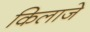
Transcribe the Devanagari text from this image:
किलाजे